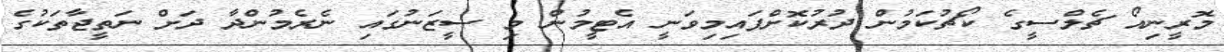
މޮރީނިއޯ ޗެލްސީގެ ކޯޗުކަމުން ދުރުކޮށްފައިމިވަނީ އެޓީމުން މި ސީޒަނުގައި ނެރެމުންދާ ދަށް ނަތީޖާތަކުގެ